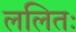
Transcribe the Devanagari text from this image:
ललितः